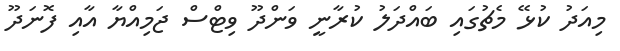
މިއަދު ކުޅޭ މެޗުގައި ބައްދަލު ކުރާނީ ވަންދޫ ވިޓްސް ޖަމިއްޔާ އާއި ފޮނަދޫ